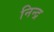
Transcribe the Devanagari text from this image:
निन्द्र